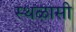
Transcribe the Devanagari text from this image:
स्थळासी